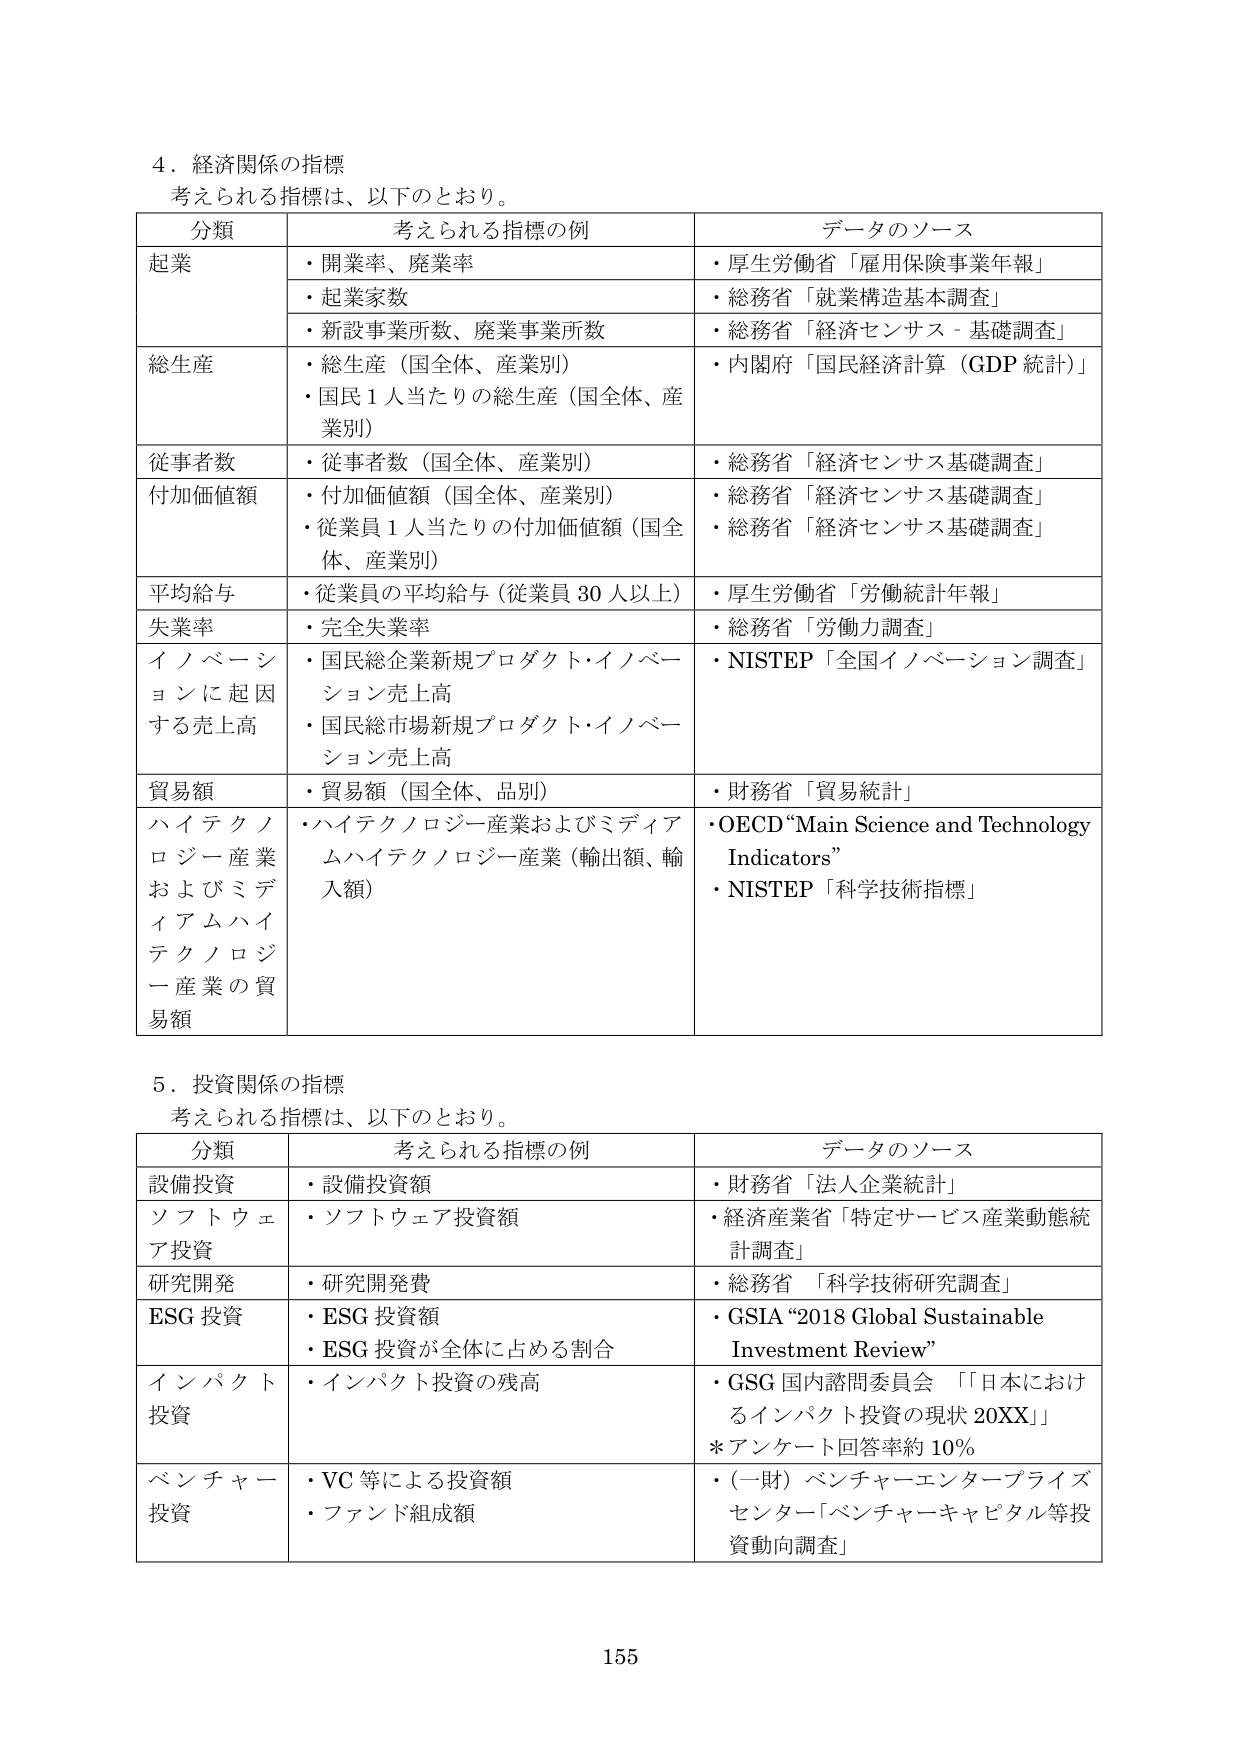
4．経済関係の指標
考えられる指標は、以下のとおり。

分類　　　　　　　　考えられる指標の例　　　　　　　　データのソース
起業　　　　　　　・開業率、廃業率　　　　　　　　　・厚生労働省「雇用保険事業年報」
　　　　　　　　　・起業家数　　　　　　　　　　　　・総務省「就業構造基本調査」
　　　　　　　　　・新設事業所数、廃業事業所数　　　・総務省「経済センサス－基礎調査」
総生産　　　　　　・総生産（国全体、産業別）　　　　・内閣府「国民経済計算（GDP 統計）」
　　　　　　　　　・国民1人当たりの総生産（国全体、産業別）
従事者数　　　　　・従事者数（国全体、産業別）　　　・総務省「経済センサス基礎調査」
付加価値額　　　　・付加価値額（国全体、産業別）　　　・総務省「経済センサス基礎調査」
　　　　　　　　　・従業員1人当たりの付加価値額（国全体、産業別）　　　・総務省「経済センサス基礎調査」
平均給与　　　　　・従業員の平均給与（従業員30人以上）　・厚生労働省「労働統計年報」
失業率　　　　　　・完全失業率　　　　　　　　　　　・総務省「労働力調査」
イノベーションに起因する売上高　・国民総企業新規プロダクト・イノベーション売上高　・NISTEP「全国イノベーション調査」
　　　　　　　　　・国民総市場新規プロダクト・イノベーション売上高
貿易額　　　　　　・貿易額（国全体、品別）　　　　　・財務省「貿易統計」
ハイテクノロジー産業およびメディアムハイテクノロジー産業の貿易額　・ハイテクノロジー産業およびメディアムハイテクノロジー産業（輸出額、輸入額）　・OECD “Main Science and Technology Indicators”
　　　　　　　　　　　　　　　　　　　　　　　　　　　　　　　　　　・NISTEP「科学技術指標」

5．投資関係の指標
考えられる指標は、以下のとおり。

分類　　　　　　　　考えられる指標の例　　　　　　　　データのソース
設備投資　　　　　・設備投資額　　　　　　　　　　　・財務省「法人企業統計」
ソフトウェア投資　・ソフトウェア投資額　　　　　　　・経済産業省「特定サービス産業動態統計調査」
研究開発　　　　　・研究開発費　　　　　　　　　　　・総務省「科学技術研究調査」
ESG 投資　　　　　・ESG 投資額　　　　　　　　　　　・GSIA “2018 Global Sustainable Investment Review”
　　　　　　　　　・ESG 投資が全体に占める割合
インパクト投資　　・インパクト投資の残高　　　　　　・GSG 国内諮問委員会「『日本におけるインパクト投資の現状 20XX』」
　　　　　　　　　　　　　　　　　　　　　　　　　　＊アンケート回答率約 10%
ベンチャー投資　　・VC 等による投資額　　　　　　　　・（一財）ベンチャーエンタープライズセンター「ベンチャーキャピタル等投資動向調査」
　　　　　　　　　・ファンド組成額

155